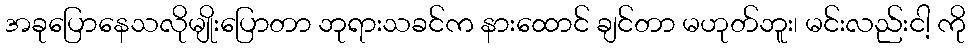
အခုပြောနေသလိုမျိုးပြောတာ ဘုရားသခင်က နားထောင် ချင်တာ မဟုတ်ဘူး၊ မင်းလည်းငါ့ ကို